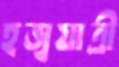
হজ্বযাত্রী